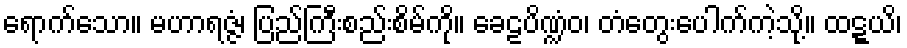
ရောက်သော။ မဟာရဇ္ဇံ၊ ပြည်ကြီးစည်းစိမ်ကို။ ခေဠပိဏ္ဍံဝ၊ တံတွေးပေါက်ကဲ့သို့။ ထဋ္ဋယိ၊